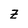
Character: z